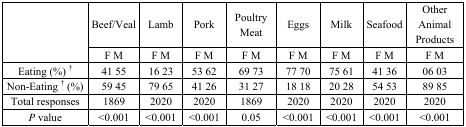
| <ROWSPAN=2>  | Beef/Veal | Lamb | Pork | Poultry Meat | Eggs | Milk | Seafood | Other Animal Products |
 | F M | F M | F M | F M | F M | F M | F M | F M |
 | --- | --- | --- | --- | --- | --- | --- | --- | --- |
 | Eating (%) † | 41 55 | 16 23 | 53 62 | 69 73 | 77 70 | 75 61 | 41 36 | 06 03 |
 | Non-Eating † (%) | 59 45 | 79 65 | 41 26 | 31 27 | 18 18 | 20 28 | 54 53 | 89 85 |
 | Total responses | 1869 | 2020 | 2020 | 1869 | 2020 | 2020 | 2020 | 2020 |
 | P value | <0.001 | <0.001 | <0.001 | 0.05 | <0.001 | <0.001 | <0.001 | <0.001 |